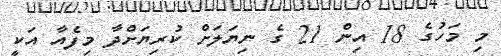
މި މަހުގެ 18 އިން 21 ގެ ނިޔަލަށް ކުރިޔަށްދާ މިފެއާ އަކީ